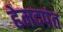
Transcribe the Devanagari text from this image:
हेमदपंत